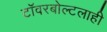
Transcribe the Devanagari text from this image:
टॉवरबोल्टलाही